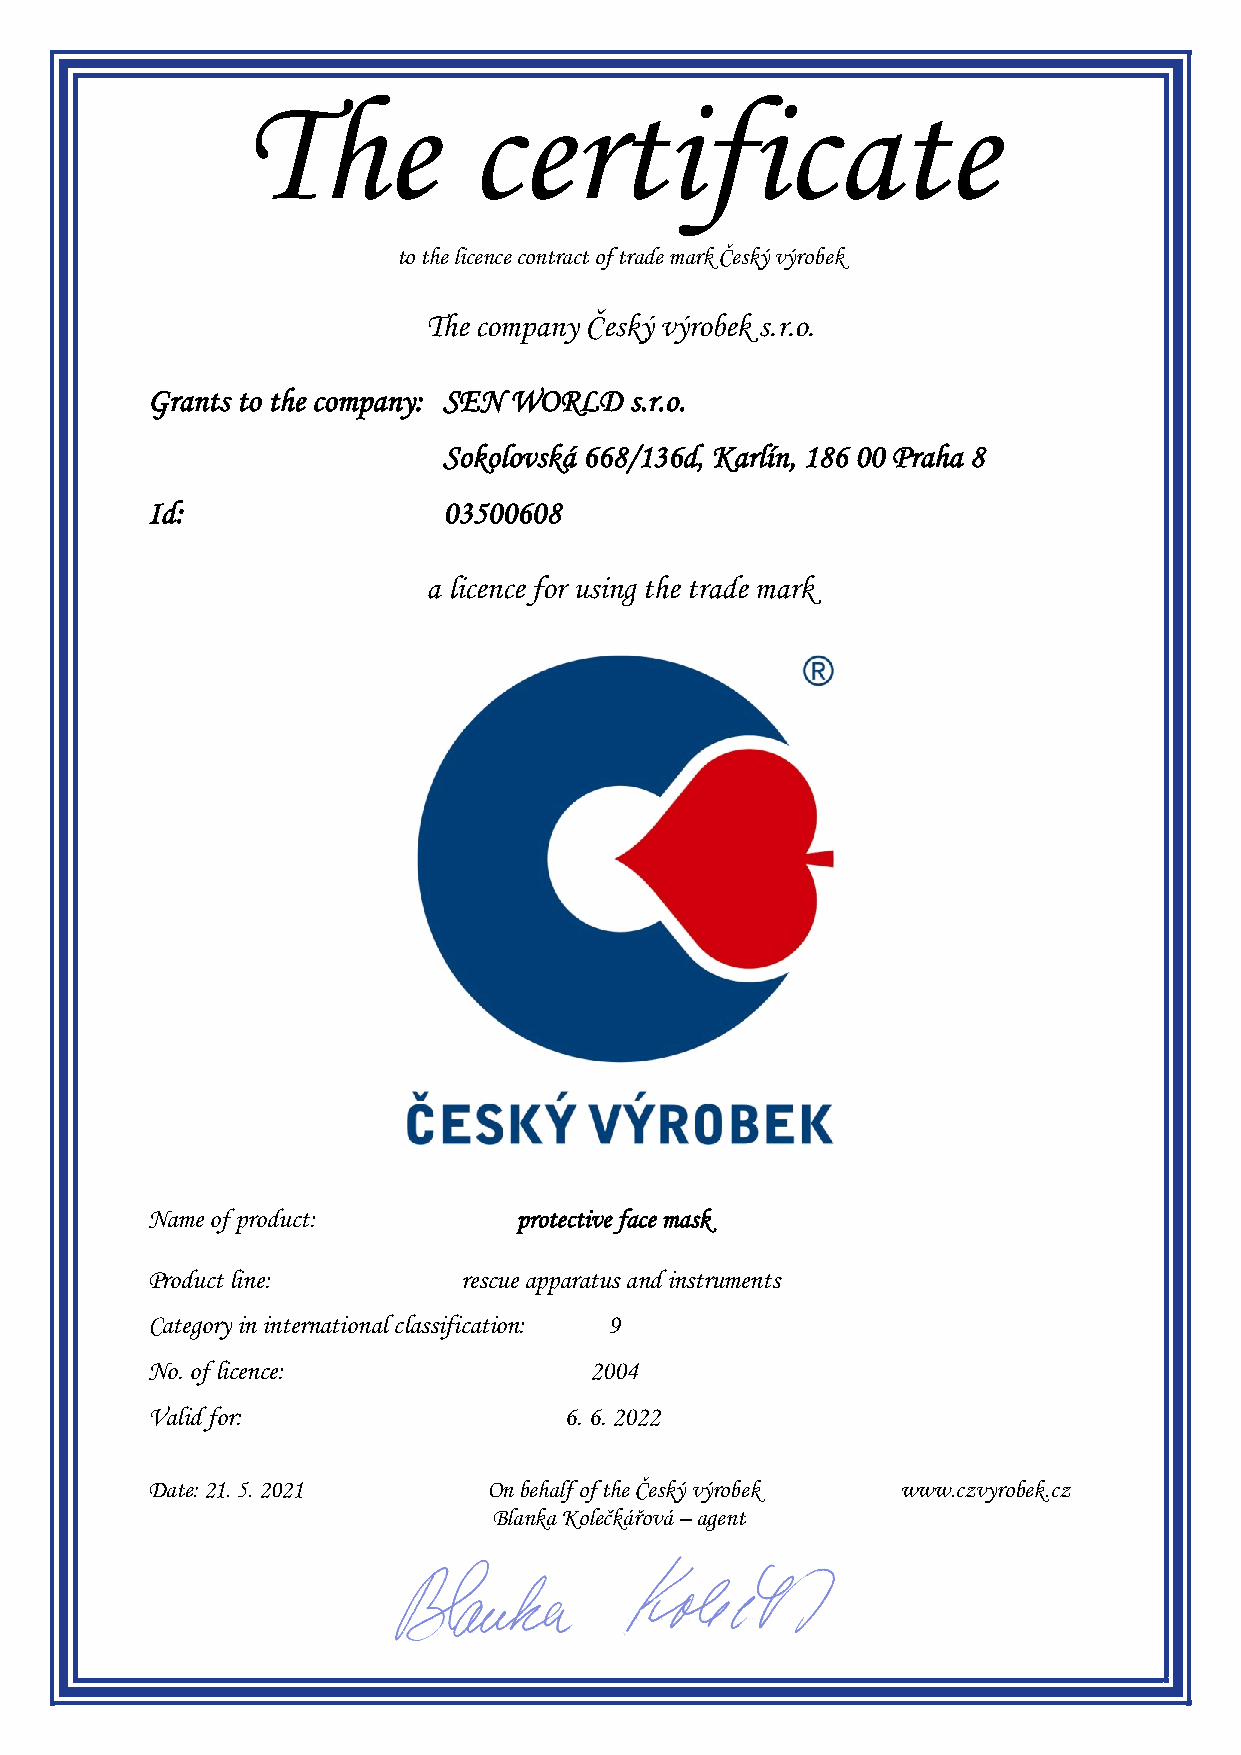
The            certificate
 to the licence contract of trade mark Český výrobek
 The company Český výrobek s.r.o.
 Grants to the company: SEN WORLD s.r.o.
 Sokolovská 668/136d, Karlín, 186 00 Praha 8
 Id:                03500608
 a licence for using the trade mark
 Name of product:        protective face mask
 Product line:       rescue apparatus and instruments
 Category in international classification: 9
 No. of licence:              2004
 Valid for:                 6. 6. 2022
 Date: 21. 5. 2021     On behalf of the Český výrobek www.czvyrobek.cz
 Blanka Kolečkářová – agent